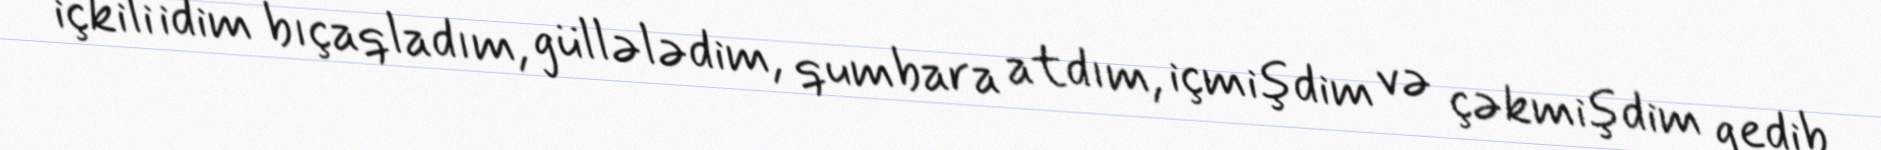
içkili idim bıçaqladım, güllələdim, qumbara atdım, içmişdim və çəkmişdim gedib